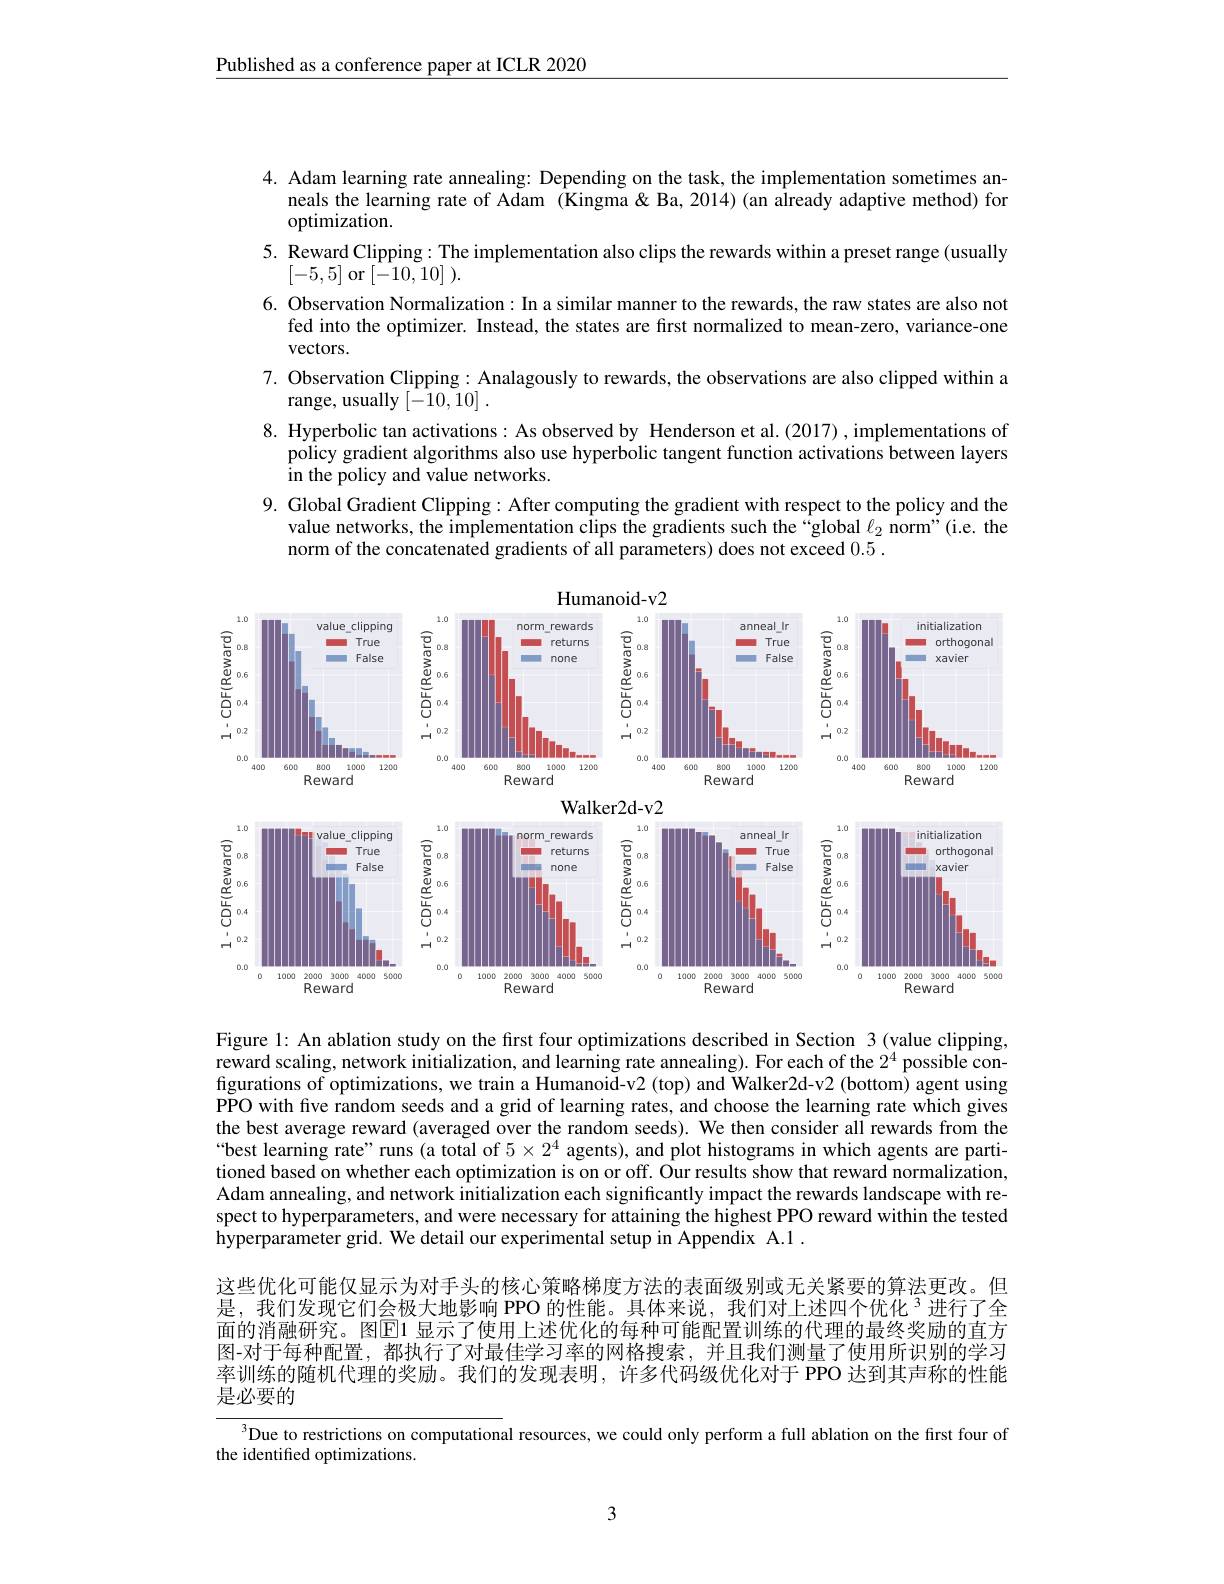
Published as a conference paper at ICLR 2020

4. Adam learning rate annealing: Depending on the task, the implementation sometimes an-
neals the learning rate of Adam (Kingma& Ba, 2014) (an already adaptive method) for
optimization.
5. Reward Clipping: The implementation also clips the rewards within a preset range (usually
[-5,5] or$\left[-10,10\right]).$
6. Observation Normalization: In a similar manner to the rewards, the raw states are also not
fed into the optimizer. Instead, the states are first normalized to mean-zero, variance-one
vectors.
7. Observation Clipping: Analagously to rewards, the observations are also clipped within a
range, usually [-10,10].
8. Hyperbolic tan activations: As observed by Henderson et al.(2017),implementations of
policy gradient algorithms also use hyperbolic tangent function activations between layers
in the policy and value networks.
9. Global Gradient Clipping: After computing the gradient with respect to the policy and the
value networks, the implementation clips the gradients such the “global $\ell_2$ norm”(i.e. the
norm of the concatenated gradients of all parameters) does not exceed 0.5.

<FigureHere>

Figure 1: An ablation study on the first four optimizations described in Section 3 (value clipping, reward scaling, network initialization, and learning rate annealing). For each of the $2^4$ possible configurations of optimizations, we train a Humanoid-v2 (top) and Walker2d-v2 (bottom) agent using PPO with five random seeds and a grid of learning rates, and choose the learning rate which gives the best average reward (averaged over the random seeds). We then consider all rewards from the “best learning rate" runs (a total of $5\times2^4$ agents), and plot histograms in which agents are partitioned based on whether each optimization is on or off. Our results show that reward normalization, Adam annealing, and network initialization each significantly impact the rewards landscape with respect to hyperparameters, and were necessary for attaining the highest PPO reward within the tested hyperparameter grid. We detail our experimental setup in Appendix A.1 .
这些优化可能仅显示为对手头的核心策略梯度方法的表面级别或无关紧要的算法更改。但是，我们发现它们会极大地影响 PPO 的性能。具体来说，我们对上述四个优化 $^{3}$进行了全面的消融研究。图$\overline{\mathrm{E}}$1 显示了使用上述优化的每种可能配置训练的代理的最终奖励的直方图-对于每种配置，都执行了对最佳学习率的网格搜索，并且我们测量了使用所识别的学习率训练的随机代理的奖励。我们的发现表明，许多代码级优化对于 PPO 达到其声称的性能是必要的

Due to restrictions on computational resources, we could only perform a full ablation on the first four of
the identified optimizations.

3